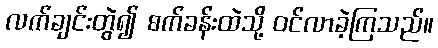
လက်ချင်းတွဲ၍ စက်ခန်းထဲသို့ ဝင်လာခဲ့ကြသည်။